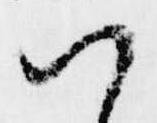
ハ